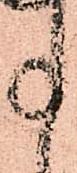
事